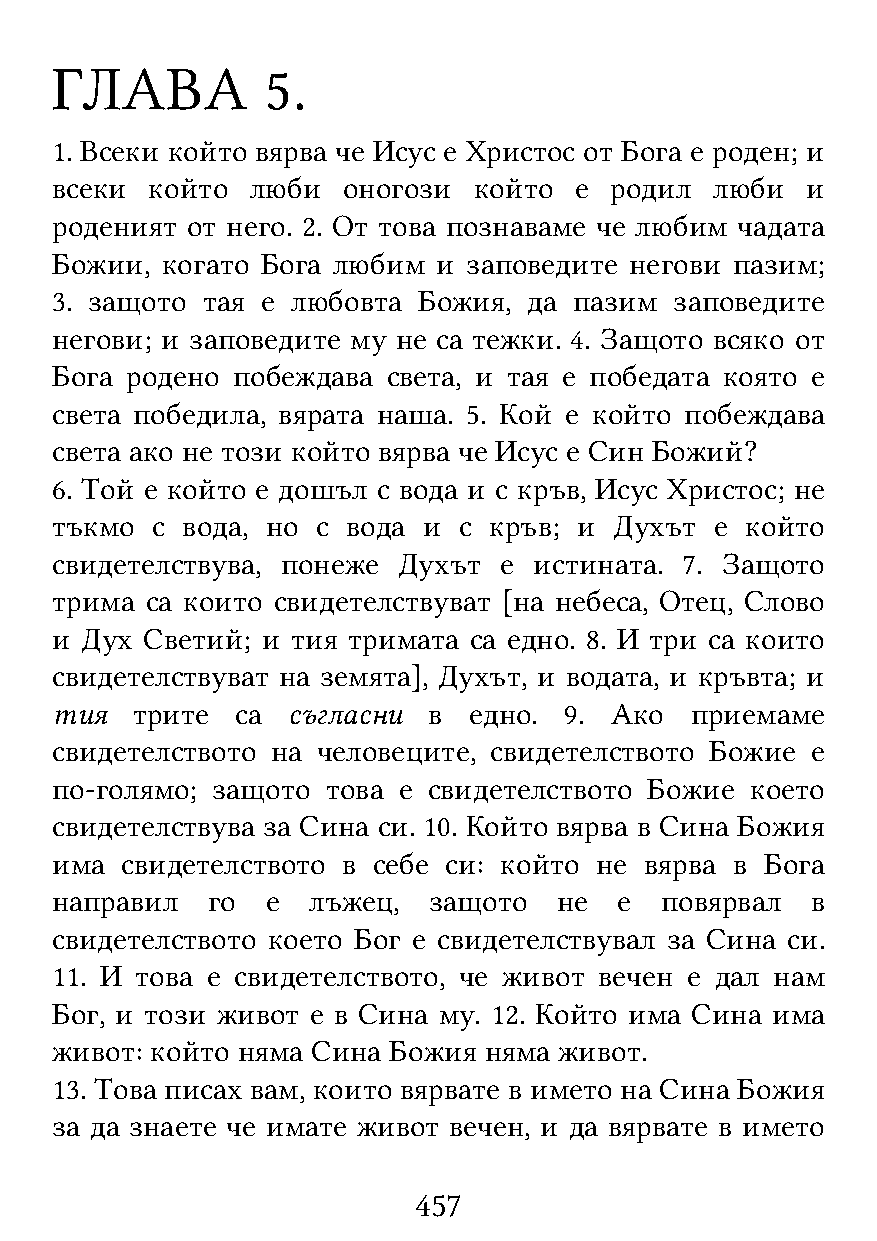
ГЛАВА          5.
 1. Всеки който вярва че Исус е Христос от Бога е роден; и
 всеки  който  люби  оногози който  е родил  люби  и
 роденият от него. 2. От това познаваме че любим чадата
 Божии,  когато Бога любим и заповедите негови пазим;
 3. защото тая е любовта  Божия, да пазим  заповедите
 негови; и заповедите му не са тежки. 4. Защото всяко от
 Бога родено побеждава  света, и тая е победата която е
 света победила, вярата наша. 5. Кой е който побеждава
 света ако не този който вярва че Исус е Син Божий?
 6. Той е който е дошъл с вода и с кръв, Исус Христос; не
 тъкмо  с вода, но с вода и с кръв; и  Духът е който
 свидетелствува, понеже Духът  е истината. 7. Защото
 трима  са които свидетелствуват [на небеса, Отец, Слово
 и Дух Светий; и тия тримата са едно. 8. И три са които
 свидетелствуват на земята], Духът, и водата, и кръвта; и
 тия   трите  са съгласни в  едно. 9. Ако   приемаме
 свидетелството на человеците, свидетелството Божие е
 по-голямо; защото  това е свидетелството Божие което
 свидетелствува за Сина си. 10. Който вярва в Сина Божия
 има  свидетелството в себе си: който не вярва в Бога
 направил   го  е лъжец,  защото   не  е  повярвал  в
 свидетелството което Бог е свидетелствувал за Сина си.
 11. И това е свидетелството, че живот вечен е дал нам
 Бог, и този живот е в Сина му. 12. Който има Сина има
 живот: който няма Сина Божия няма живот.
 13. Това писах вам, които вярвате в името на Сина Божия
 за да знаете че имате живот вечен, и да вярвате в името
 457